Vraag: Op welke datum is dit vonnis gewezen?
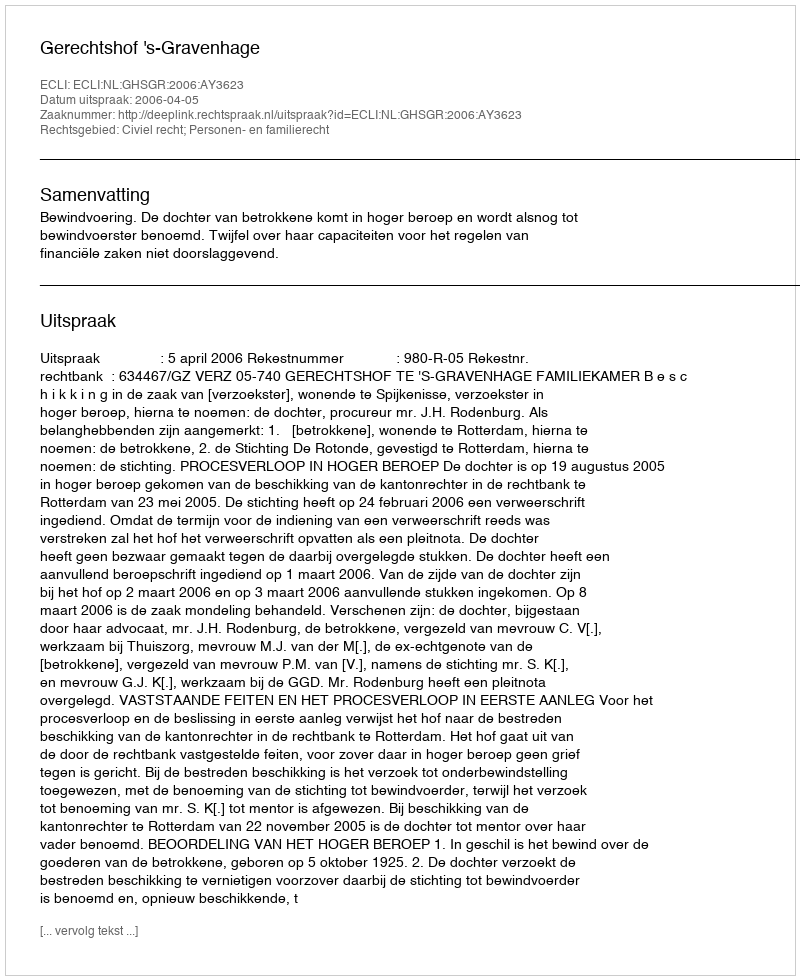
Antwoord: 2006-04-05